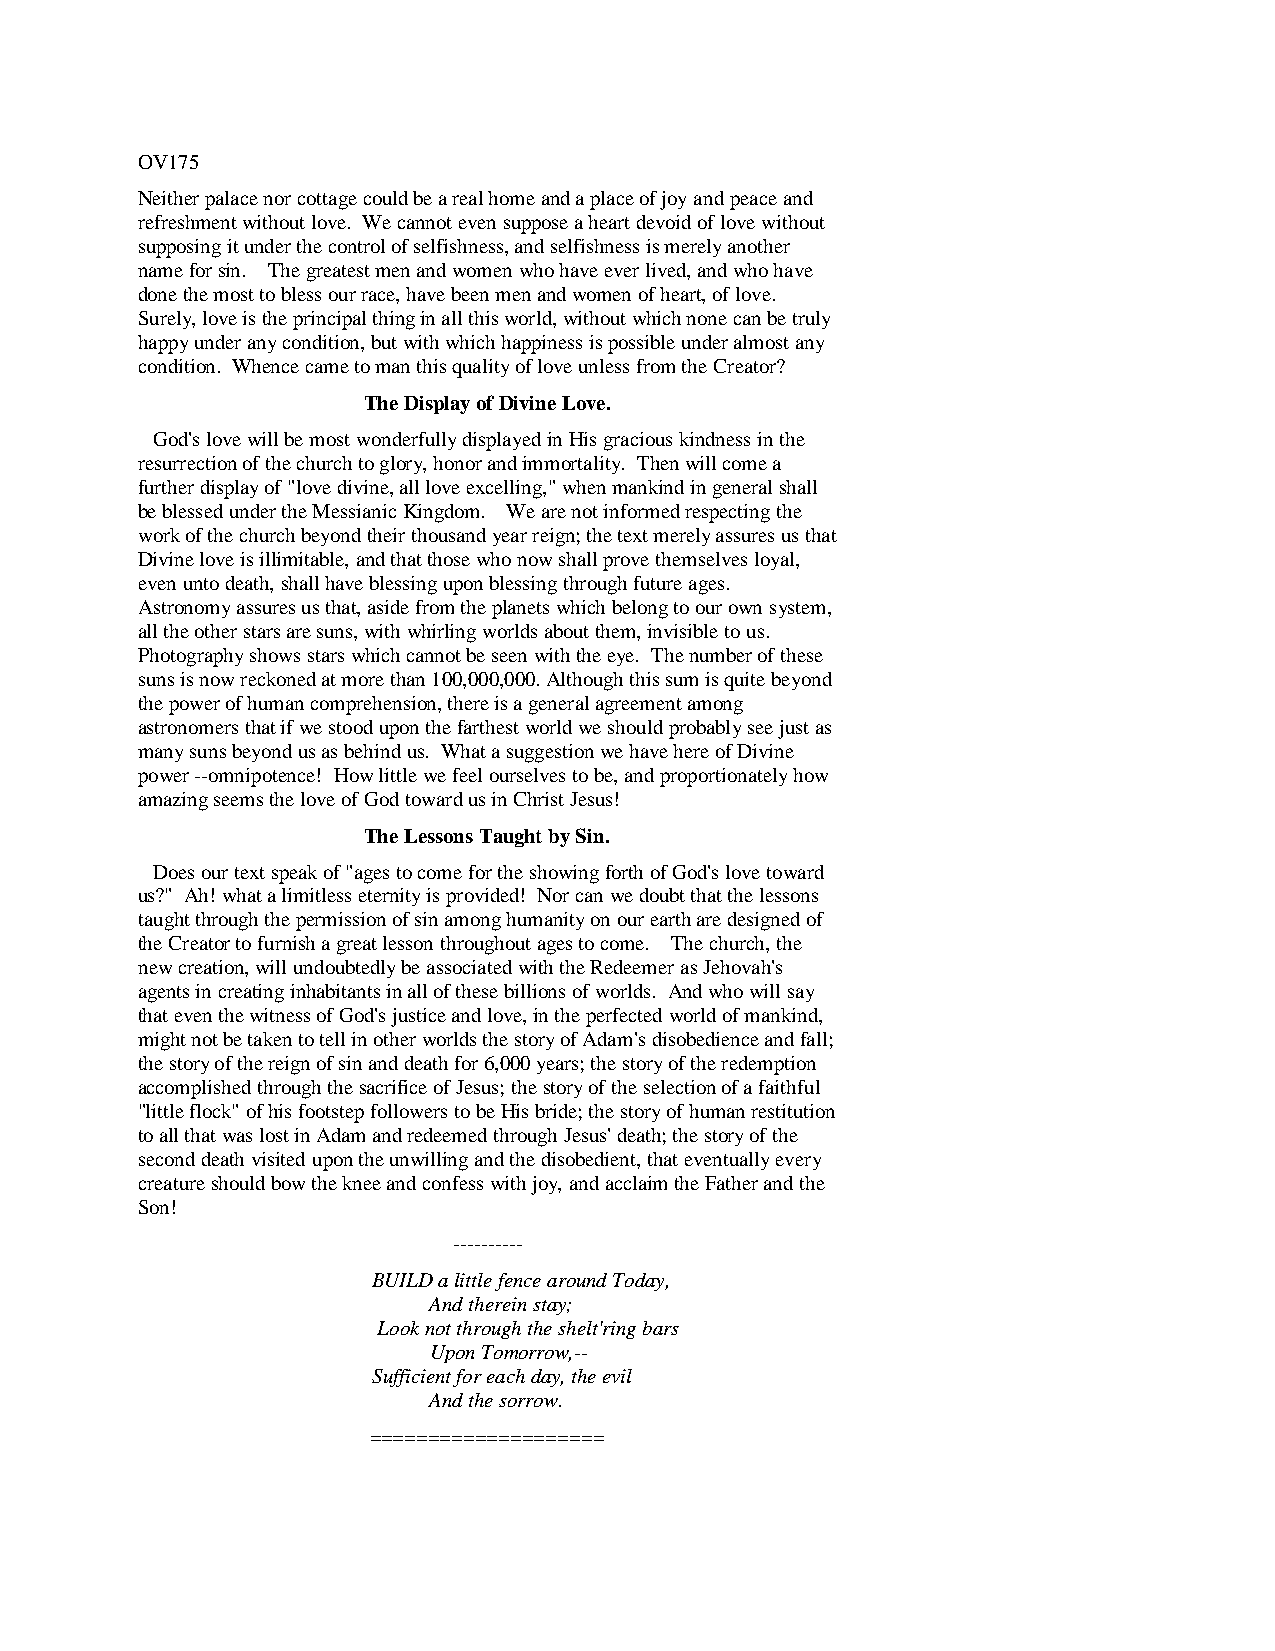
OV175
 Neither palace nor cottage could be a real home and a place of joy and peace and
 refreshment without love. We cannot even suppose a heart devoid of love without
 supposing it under the control of selfishness, and selfishness is merely another
 name for sin. The greatest men and women who have ever lived, and who have
 done the most to bless our race, have been men and women of heart, of love.
 Surely, love is the principal thing in all this world, without which none can be truly
 happy under any condition, but with which happiness is possible under almost any
 condition. Whence came to man this quality of love unless from the Creator?
 The Display of Divine Love.
 God's love will be most wonderfully displayed in His gracious kindness in the
 resurrection of the church to glory, honor and immortality. Then will come a
 further display of "love divine, all love excelling," when mankind in general shall
 be blessed under the Messianic Kingdom. We are not informed respecting the
 work of the church beyond their thousand year reign; the text merely assures us that
 Divine love is illimitable, and that those who now shall prove themselves loyal,
 even unto death, shall have blessing upon blessing through future ages.
 Astronomy assures us that, aside from the planets which belong to our own system,
 all the other stars are suns, with whirling worlds about them, invisible to us.
 Photography shows stars which cannot be seen with the eye. The number of these
 suns is now reckoned at more than 100,000,000. Although this sum is quite beyond
 the power of human comprehension, there is a general agreement among
 astronomers that if we stood upon the farthest world we should probably see just as
 many suns beyond us as behind us. What a suggestion we have here of Divine
 power --omnipotence! How little we feel ourselves to be, and proportionately how
 amazing seems the love of God toward us in Christ Jesus!
 The Lessons Taught by Sin.
 Does our text speak of "ages to come for the showing forth of God's love toward
 us?" Ah! what a limitless eternity is provided! Nor can we doubt that the lessons
 taught through the permission of sin among humanity on our earth are designed of
 the Creator to furnish a great lesson throughout ages to come. The church, the
 new creation, will undoubtedly be associated with the Redeemer as Jehovah's
 agents in creating inhabitants in all of these billions of worlds. And who will say
 that even the witness of God's justice and love, in the perfected world of mankind,
 might not be taken to tell in other worlds the story of Adam's disobedience and fall;
 the story of the reign of sin and death for 6,000 years; the story of the redemption
 accomplished through the sacrifice of Jesus; the story of the selection of a faithful
 "little flock" of his footstep followers to be His bride; the story of human restitution
 to all that was lost in Adam and redeemed through Jesus' death; the story of the
 second death visited upon the unwilling and the disobedient, that eventually every
 creature should bow the knee and confess with joy, and acclaim the Father and the
 Son!
 ----------
 BUILD a little fence around Today,
 And therein stay;
 Look not through the shelt'ring bars
 Upon Tomorrow,--
 Sufficient for each day, the evil
 And the sorrow.
 ====================